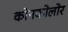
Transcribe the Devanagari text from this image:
कोनकोलोर